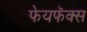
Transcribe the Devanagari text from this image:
फेयफॅक्स